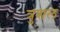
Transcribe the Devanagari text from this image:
त्रुशल